Lunatic asylums United Provinces 1899-1908 - 1899-1908
Year: 1899
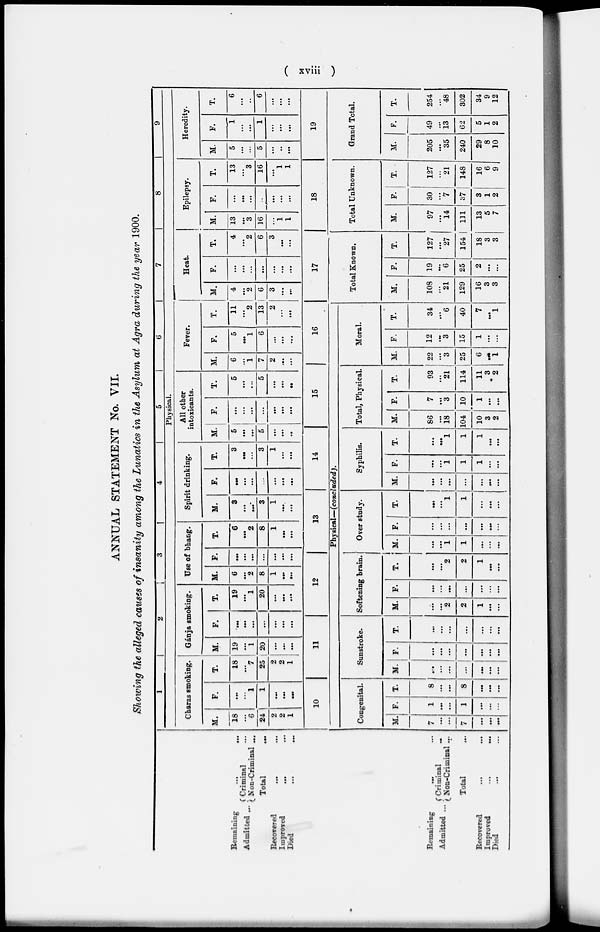
( xviii )
ANNUAL STATEMENT No. VII.
Showing the alleged causes of insanity among the Lunatics in the Asylum at Agra during the year 1900.
Remaining … …
Admitted ... Criminal
…
Non-Criminal …
Total …
Recovered … …
Improved … …
Died … …
1
2
3
4
5
6
7
8
9
Physical.
Charas smoking.
M.
18
…
6
24
2
2
1
F.
…
…
1
1
…
…
…
T.
18
…
7
25
2
2
1
Gánja smoking.
M.
19
…
1
20
…
…
...
F.
…
…
…
...
…
…
…
T.
19
...
1
20
…
…
…
Use of bhang.
M.
6
…
2
8
1
…
…
F.
…
…
…
…
...
…
…
T.
6
…
2
8
1
…
…
Spirit drinking.
M.
3
…
…
3
1
…
…
F.
…
…
…
...
…
…
…
T.
3
…
…
3
1
...
…
All other
intoxicants.
M.
5
…
…
5
…
...
..
F.
...
…
…
...
…
…
…
T.
5
…
…
5
…
…
…
Fever.
M.
6
…
1
7
2
…
...
F.
5
…
1
6
…
…
…
T.
11
…
2
13
2
...
…
Heat.
M.
4
…
2
6
3
…
…
F.
…
…
...
…
...
...
…
T.
4
…
2
6
3
…
…
Epilepsy.
M.
13
…
3
16
...
1
1
F.
…
…
…
..
...
…
…
T.
13
...
3
16
…
1
1
Heredity.
M.
5
…
…
5
...
..
…
F.
1
...
...
1
...
…
…
T.
6
…
..
6
...
...
…
Remaining … …
Admitted ... Criminal
...
Non-Criminal ...
Total …
Recovered … …
Improved … …
Died … …
10
11
12
13
14
15
16
Physical—(concluded).
Congenital.
M.
7
…
…
7
…
…
…
F.
1
…
...
1
…
…
…
T.
8
…
…
8
…
…
…
Sunstroke.
M.
…
...
...
…
…
…
...
F.
...
…
...
…
…
…
...
T.
…
…
…
...
…
…
...
Softening brain.
M.
…
…
2
2
1
…
…
F.
…
…
…
...
…
…
…
T.
…
…
2
2
1
…
…
Over study.
M.
…
…
1
1
…
…
...
F.
…
…
…
...
…
…
...
T.
…
…
1
1
…
…
…
Syphilis.
M.
…
…
…
...
…
…
…
F.
…
…
1
1
1
…
…
T.
1
…
1
1
1
…
…
Total, Physical.
M.
86
…
18
104
10
3
2
F.
7
…
3
10
1
…
…
T.
93
…
21
114
11
3
2
Moral.
M.
22
…
3
25
6
…
1
F.
12
…
3
15
1
…
…
T.
34
…
6
40
7
…
1
17
Total Known.
M.
108
…
21
129
16
3
3
F.
19
…
6
25
2
…
…
T.
127
…
27
154
18
3
3
18
Total Unknown.
M.
97
…
14
111
13
5
7
F.
30
…
7
37
3
1
2
T.
127
…
21
148
16
6
9
19
Grand Total.
M.
205
…
35
240
29
8
10
F.
49
…
13
62
5
1
2
T.
254
…
48
302
34
9
12